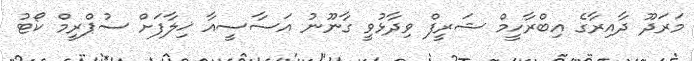
މަރަދޫ ދާއިރާގެ އިބްރާހީމް ޝަރީފް ވިދާޅުވީ ގާނޫނު އަސާސީއާ ޚިލާފަށް ސުޕްރީމް ކޯޓު